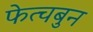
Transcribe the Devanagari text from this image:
फेत्चबुन